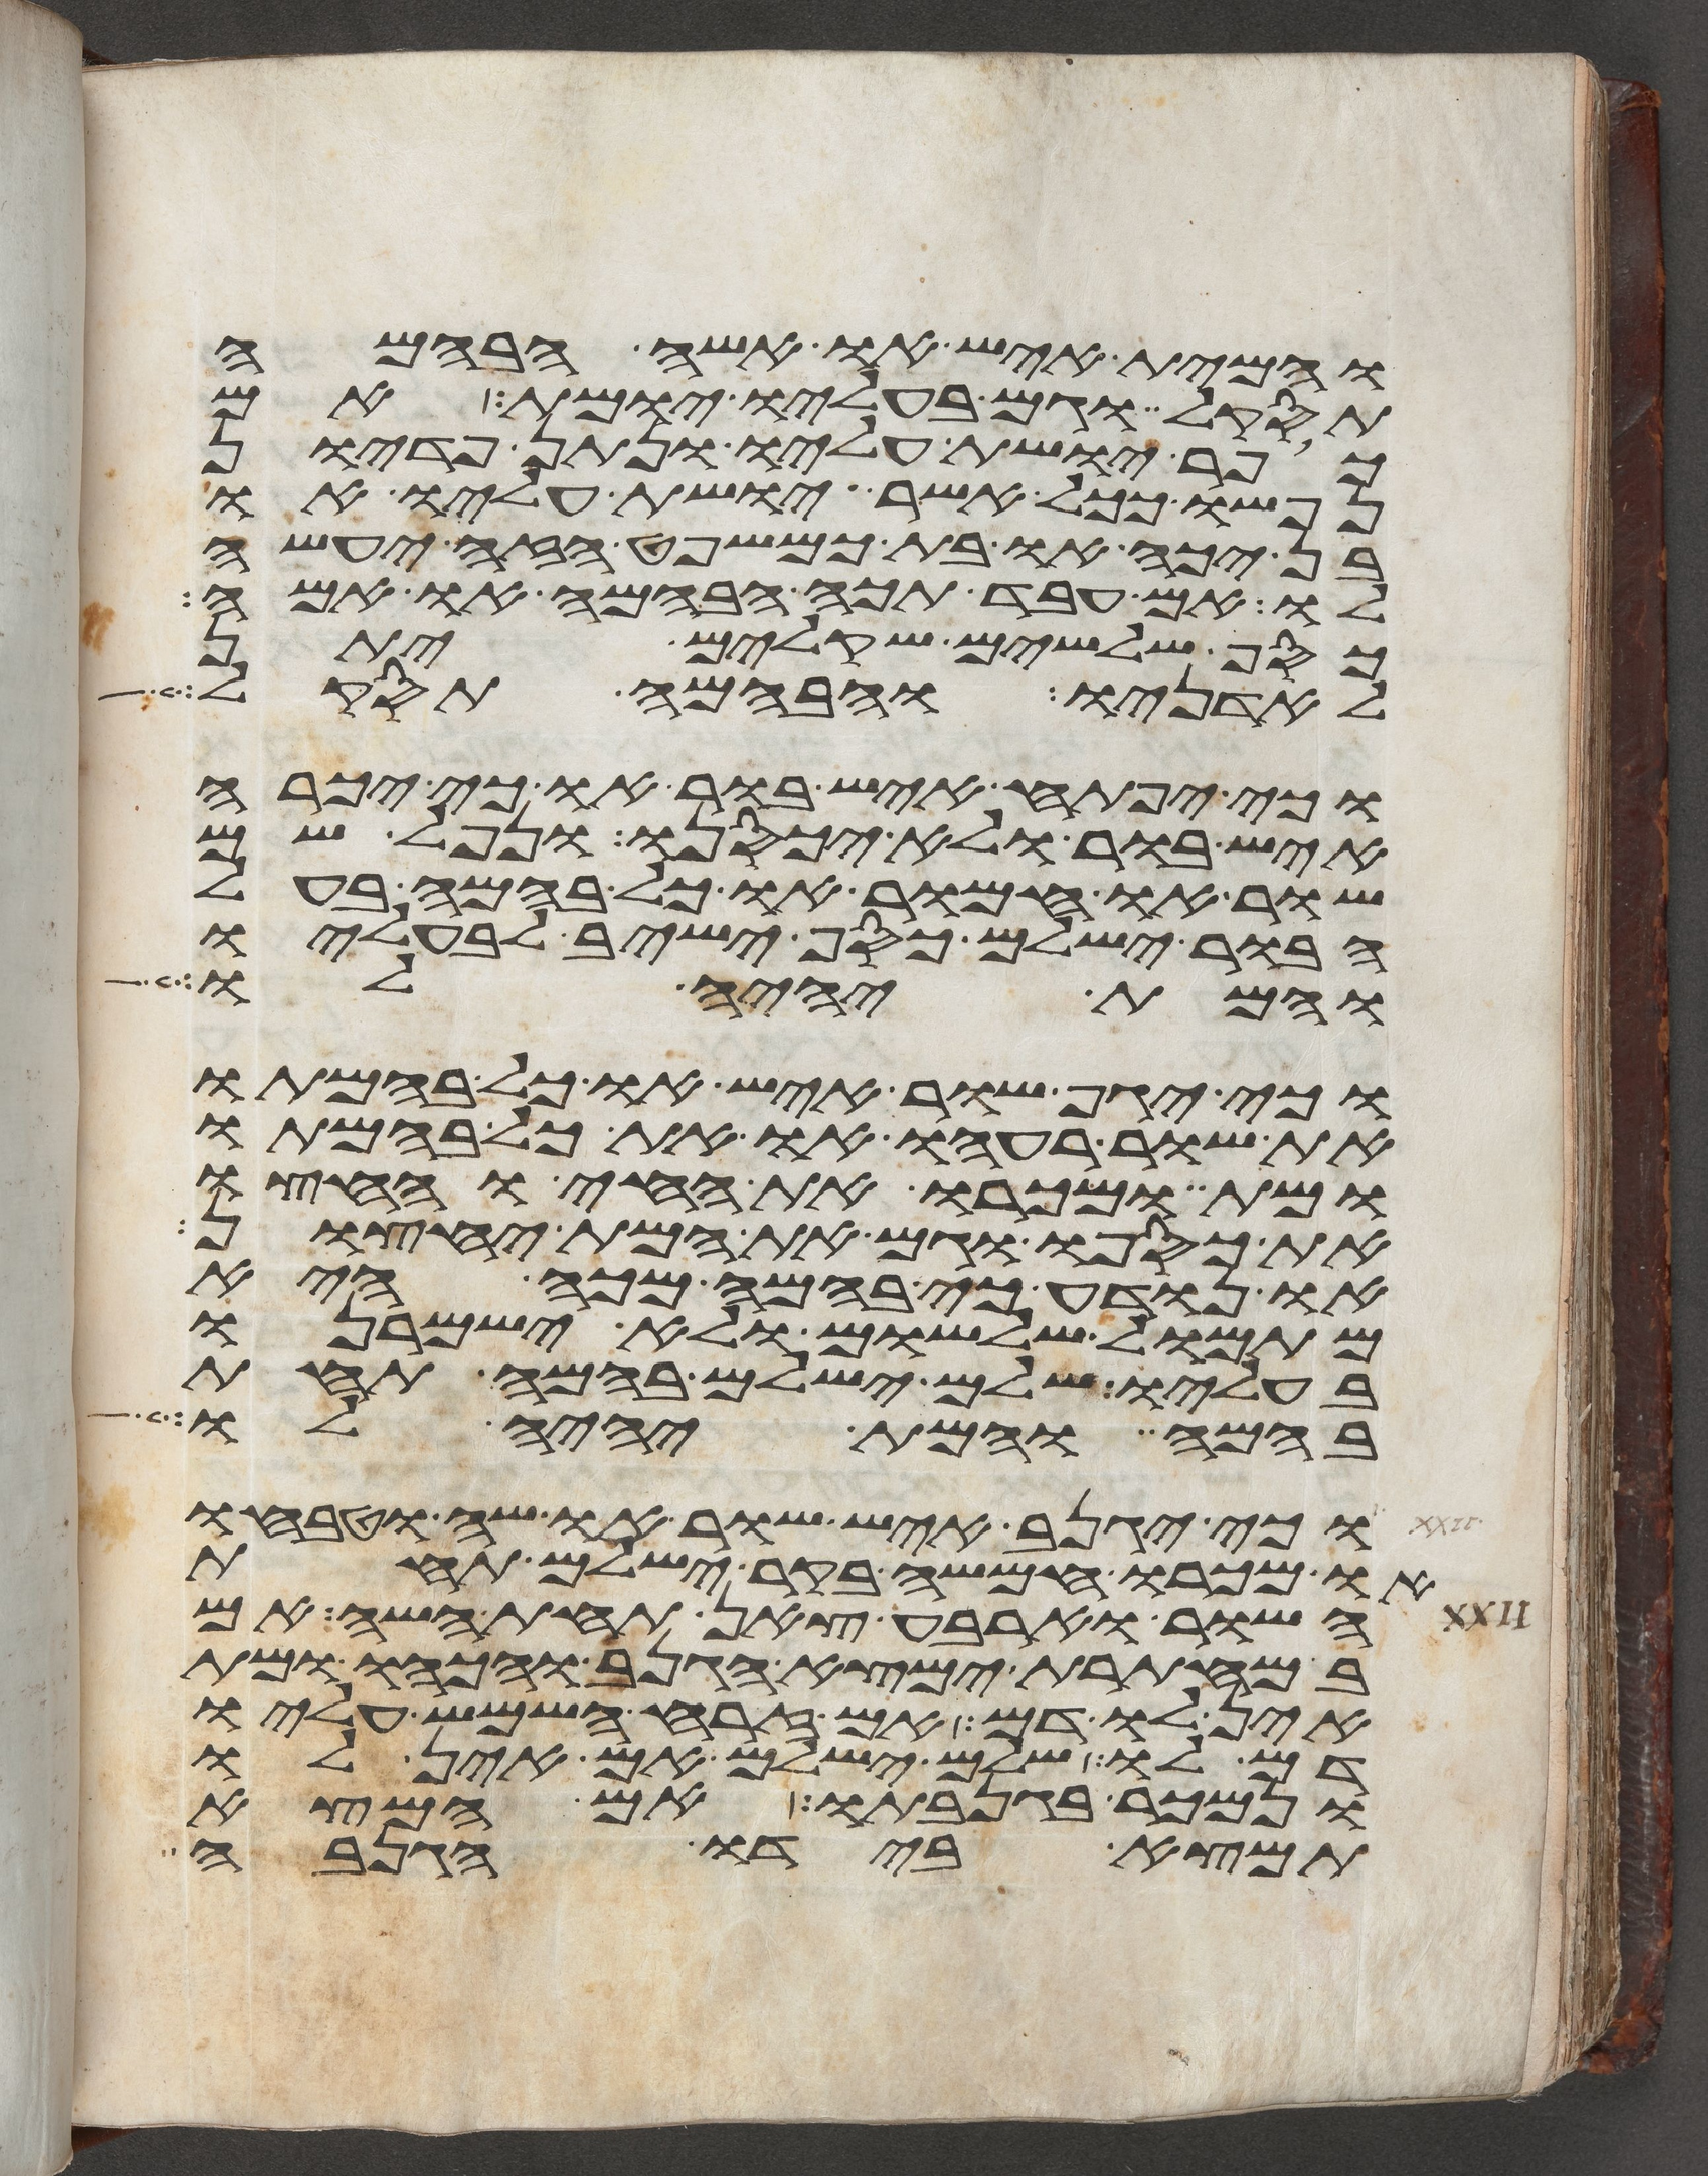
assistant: והמית איש או אשה הבהמה
תסקל וגם בעליו יומת אם
כופר יושת עליו ונתן פדיון
נפשו ככל אשר יושת עליו או
בן יכה או בת כמשפט הזה יעשה
לו אם עבד תכה הבהמה או אמה
כסף שלשים שקלים יתן
לאדניו והבהמה תסקל
וכי יפתח איש בור או כי יכרה
איש בור ולא יכסנו ונפל שם
שור או חמור או כל בהמה בעל
הבור ישלם כסף ישיב לבעליו
והמת יהיה לו
וכי יגף שור איש או כל בהמתו
את שור רעהו או את כל בהמתו
ומת ומכרו את החי וחצו
את כספו וגם את המת יחצון
או נודע כי בהמה מכה היא
מתמול שלשום ולא ישמרנו
בעליו שלם ישלם בהמה תחת
בהמה והמת יהיה לו
וכי יגנב איש שור או שה וטבחו
או מכרו חמשה בקר ישלם תחת
השור וארבע צאן תחת השה אם
במחתרת ימצא הגנב והכהו ומת
אין לו דם אם זרחה השמש עליו
דם לו שלם ישלם אם אין לו
ונמכר בגנבתו אם המצא
תמצא בידו הגנבה